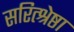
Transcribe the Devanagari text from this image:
सरित्श्रेष्ठा